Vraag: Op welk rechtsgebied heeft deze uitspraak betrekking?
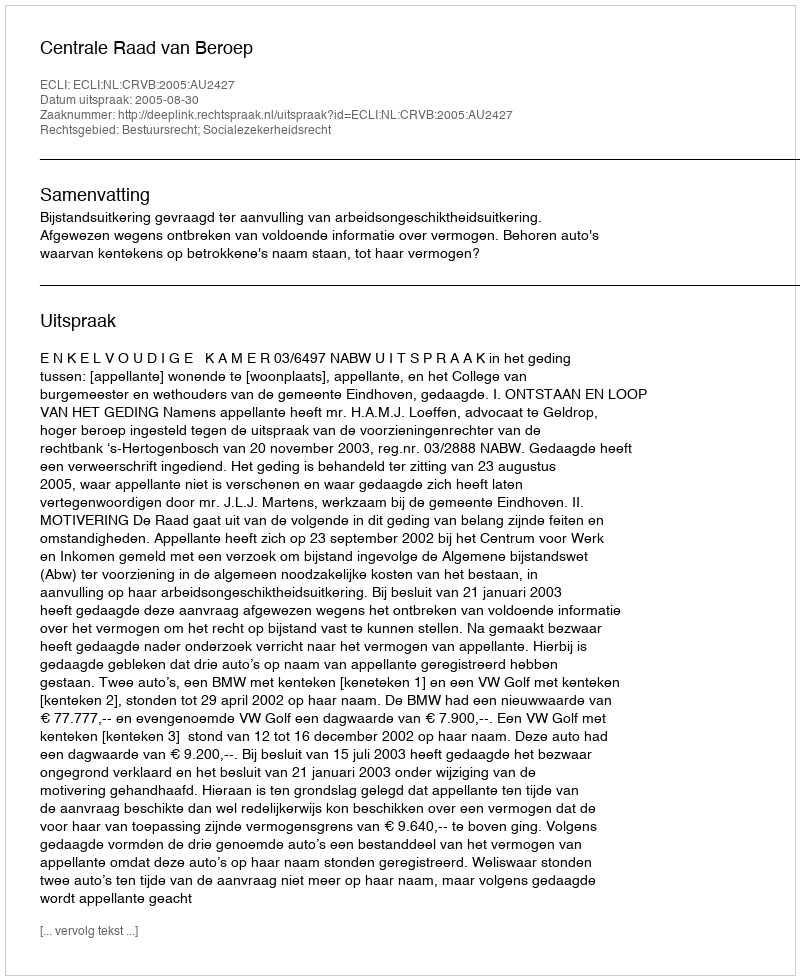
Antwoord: Bestuursrecht; Socialezekerheidsrecht